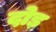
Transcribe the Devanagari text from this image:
दोड़